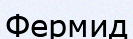
Фермид